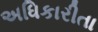
અધિકારીતા